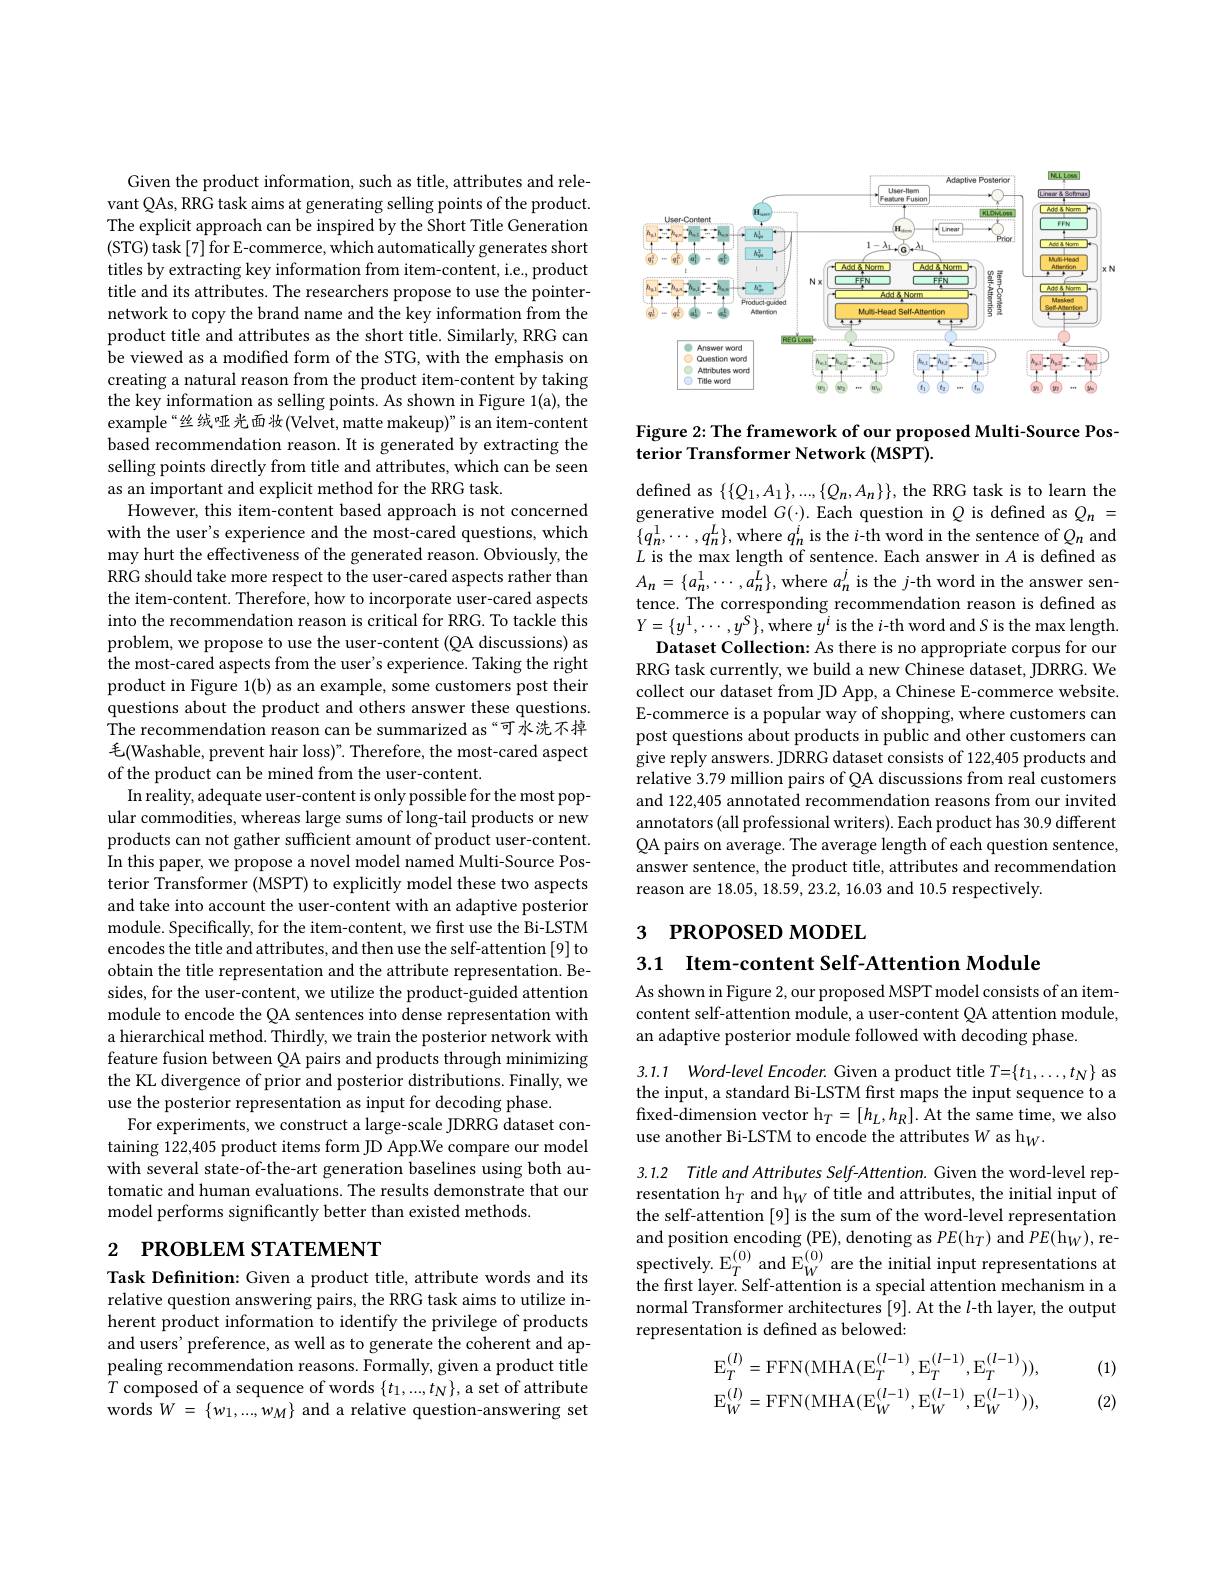
Given the product information, such as title, attributes and relevant QAs, RRG task aims at generating selling points of the product. The explicit approach can be inspired by the Short Title Generation (STG) task[7] for E-commerce, which automatically generates short titles by extracting key information from item-content, i.e., product title and its attributes. The researchers propose to use the pointernetwork to copy the brand name and the key information from the product title and attributes as the short title. Similarly, RRG can be viewed as a modified form of the STG, with the emphasis on creating a natural reason from the product item-content by taking the key information as selling points. As shown in Figure 1(a), the example“丝绒哑光面妆(Velvet, matte makeup)"is an item-content based recommendation reason. It is generated by extracting the selling points directly from title and attributes, which can be seen as an important and explicit method for the RRG task.
However, this item-content based approach is not concerned with the user's experience and the most-cared questions, which may hurt the effectiveness of the generated reason. Obviously, the RRG should take more respect to the user-cared aspects rather than the item-content. Therefore, how to incorporate user-cared aspects into the recommendation reason is critical for RRG. To tackle this problem, we propose to use the user-content (QA discussions) as the most-cared aspects from the user's experience. Taking the right product in Figure 1(b) as an example, some customers post their questions about the product and others answer these questions. The recommendation reason can be summarized as“可水洗不掉毛(Washable, prevent hair loss)". Therefore, the most-cared aspect of the product can be mined from the user-content.
In reality, adequate user-content is only possible for the most popular commodities, whereas large sums of long-tail products or new products can not gather sufficient amount of product user-content. In this paper, we propose a novel model named Multi-Source Posterior Transformer (MSPT) to explicitly model these two aspects and take into account the user-content with an adaptive posterior module. Specifically, for the item-content, we first use the Bi-LSTM encodes the title and attributes, and then use the self-attention [9] to obtain the title representation and the attribute representation. Besides, for the user-content, we utilize the product-guided attention module to encode the QA sentences into dense representation with a hierarchical method. Thirdly, we train the posterior network with feature fusion between QA pairs and products through minimizing the KL divergence of prior and posterior distributions. Finally, we use the posterior representation as input for decoding phase.
For experiments, we construct a large-scale JDRRG dataset containing 122,405 product items form JD App.We compare our model with several state-of-the-art generation baselines using both automatic and human evaluations. The results demonstrate that our model performs significantly better than existed methods

# 2 РROВLEМ STATEMENT

Task Definition: Given a product title, attribute words and its relative question answering pairs, the RRG task aims to utilize inherent product information to identify the privilege of products and users' preference, as well as to generate the coherent and appealing recommendation reasons. Formally, given a product title $T$ composed of a sequence of words $\{t_1,...,t_N\}$, a set of attribute words $W=\{w_1,...,w_M\}$ and a relative question-answering set

<FigureHere>

Figure 2: The framework of our proposed Multi-Source Pos-
terior Transformer Network (MSPT).

defined as $\{\{Q_{1},A_{1}\},...,\{Q_{n},A_{n}\}\}$, the RRG task is to learn the generative model $G(\cdot).$ Each question in $Q$ is defined as $Q_n=$ $\{q_{n}^{1},\cdots,q_{n}^{L}\}$,where $q_{n}^{i}$ is the $i$-th word in the sentence of $Q_{n}$ and $L$ is the max length of sentence. Each answer in $A$ is defined as $A_{n}=\{a_{n}^{1},\cdots,a_{n}^{L}\}$,where $a_n^j$ is the $j$-th word in the answer sentence. The corresponding recommendation reason is defined as $Y=\{y^{1},\cdots,y^{S}\}$,where $y^i$ is the $i$-th word and $S$ is the max length.
Dataset Collection: As there is no appropriate corpus for our RRG task currently, we build a new Chinese dataset, JDRRG. We collect our dataset from JD App, a Chinese E-commerce website. E-commerce is a popular way of shopping, where customers can post questions about products in public and other customers can give reply answers. JDRRG dataset consists of 122,405 products and relative 3.79 million pairs of QA discussions from real customers and 122,405 annotated recommendation reasons from our invited annotators (all professional writers). Each product has 30.9 different QA pairs on average. The average length of each question sentence, answer sentence, the product title, attributes and recommendation reason are 18.05, 18.59, 23.2, 16.03 and 10.5 respectively

3 PROPOSED MODEL

## 3.1 Item-content Self-Attention Module

As shown in Figure 2, our proposed MSPT model consists of an itemcontent self-attention module, a user-content QA attention module, an adaptive posterior module followed with decoding phase.

3.1.1 Word-level Encoder. Given a product title $T=\{t_1,\ldots,t_N\}$ as the input, a standard Bi-LSTM first maps the input sequence to a fixed-dimension vector h$_T=[h_L,h_R].$ At the same time, we also use another Bi-LSTM to encode the attributes $W$ as h$_W.$

3.1.2 Title and Attributes Self-Attention. Given the word-level representation h$_T$ and h$_W$ of title and attributes, the initial input of the self-attention [9] is the sum of the word-level representation and position encoding (PE), denoting as $PE(\mathrm{h}_T)$ and $PE(\mathrm{h}_W)$,re- $\begin{array}{l}{\mathrm{spectively.~E}_{T}^{(0)}\mathrm{~and~E}_{W}^{(0)}\mathrm{~are~the~initial~input~representations~at}}\\{\mathrm{the~first~layer.~Self-attention~is~a~special~attention~mechanism~in~a}}\end{array}$ normal Transformer architectures [9]. At the $l$-th layer, the output representation is defined as belowed:

(1)
$$\mathrm{E}_{T}^{(l)}=\mathrm{FFN}(\mathrm{MHA}(\mathrm{E}_{T}^{(l-1)},\mathrm{E}_{T}^{(l-1)},\mathrm{E}_{T}^{(l-1)})),\\\mathrm{E}_{W}^{(l)}=\mathrm{FFN}(\mathrm{MHA}(\mathrm{E}_{W}^{(l-1)},\mathrm{E}_{W}^{(l-1)},\mathrm{E}_{W}^{(l-1)})),$$
(2)